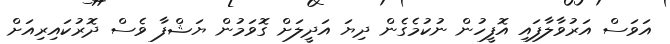
އަވަސް އަރުވާލާފައި އޮފީހުން ނުކުމެގެން ދިޔަ އަދީލަށް ގޮވަމުން ޔަޝްފާ ވެސް ދޮރުކައިރިއަށް